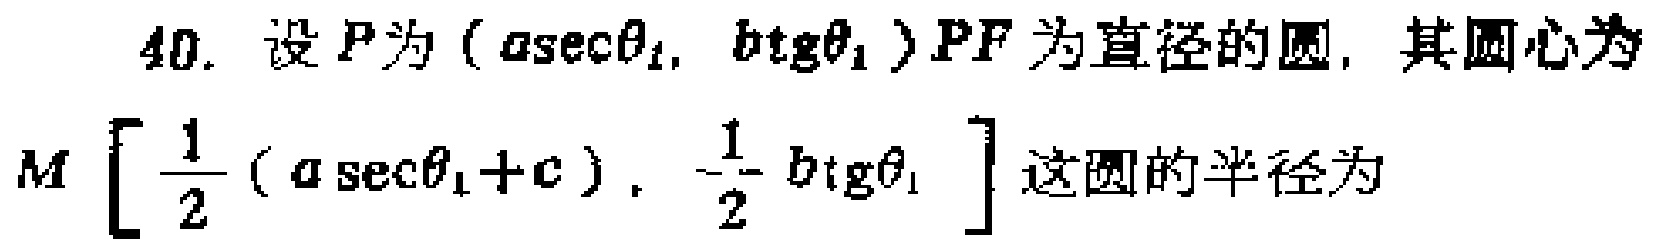
40. 设\(P\)为\((a\sec\theta_{1},b\mathrm{tg}\theta_{1})\) \(PF\)为直径的圆，其圆心为
\(M\left[\frac{1}{2}(a\sec\theta_{1}+c),\frac{1}{2}b\mathrm{tg}\theta_{1}\right]\)这圆的半径为